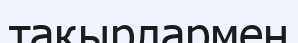
тақырлармен